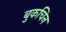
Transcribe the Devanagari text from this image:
बुकचिन